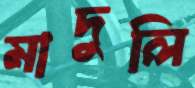
মাদুলি